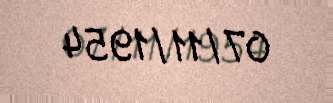
07/11/1954